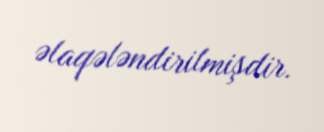
əlaqələndirilmişdir.